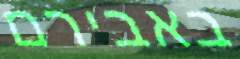
באבירם